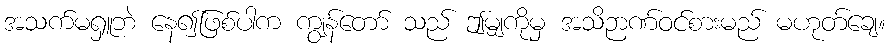
အသက်မရှူဘဲ နေ၍ဖြစ်ပါက ကျွန်တော် သည် ဤမျှကိုမှ အသိဉာဏ်ဝင်စားမည် မဟုတ်ချေ။